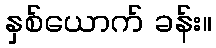
နှစ်ယောက် ခန်း။